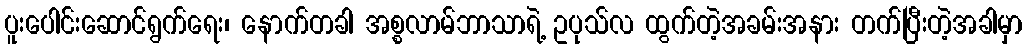
ပူးပေါင်းဆောင်ရွက်ရေး၊ နောက်တခါ အစ္စလာမ်ဘာသာရဲ့ ဥပုသ်လ ထွက်တဲ့အခမ်းအနား တက်ပြီးတဲ့အခါမှာ